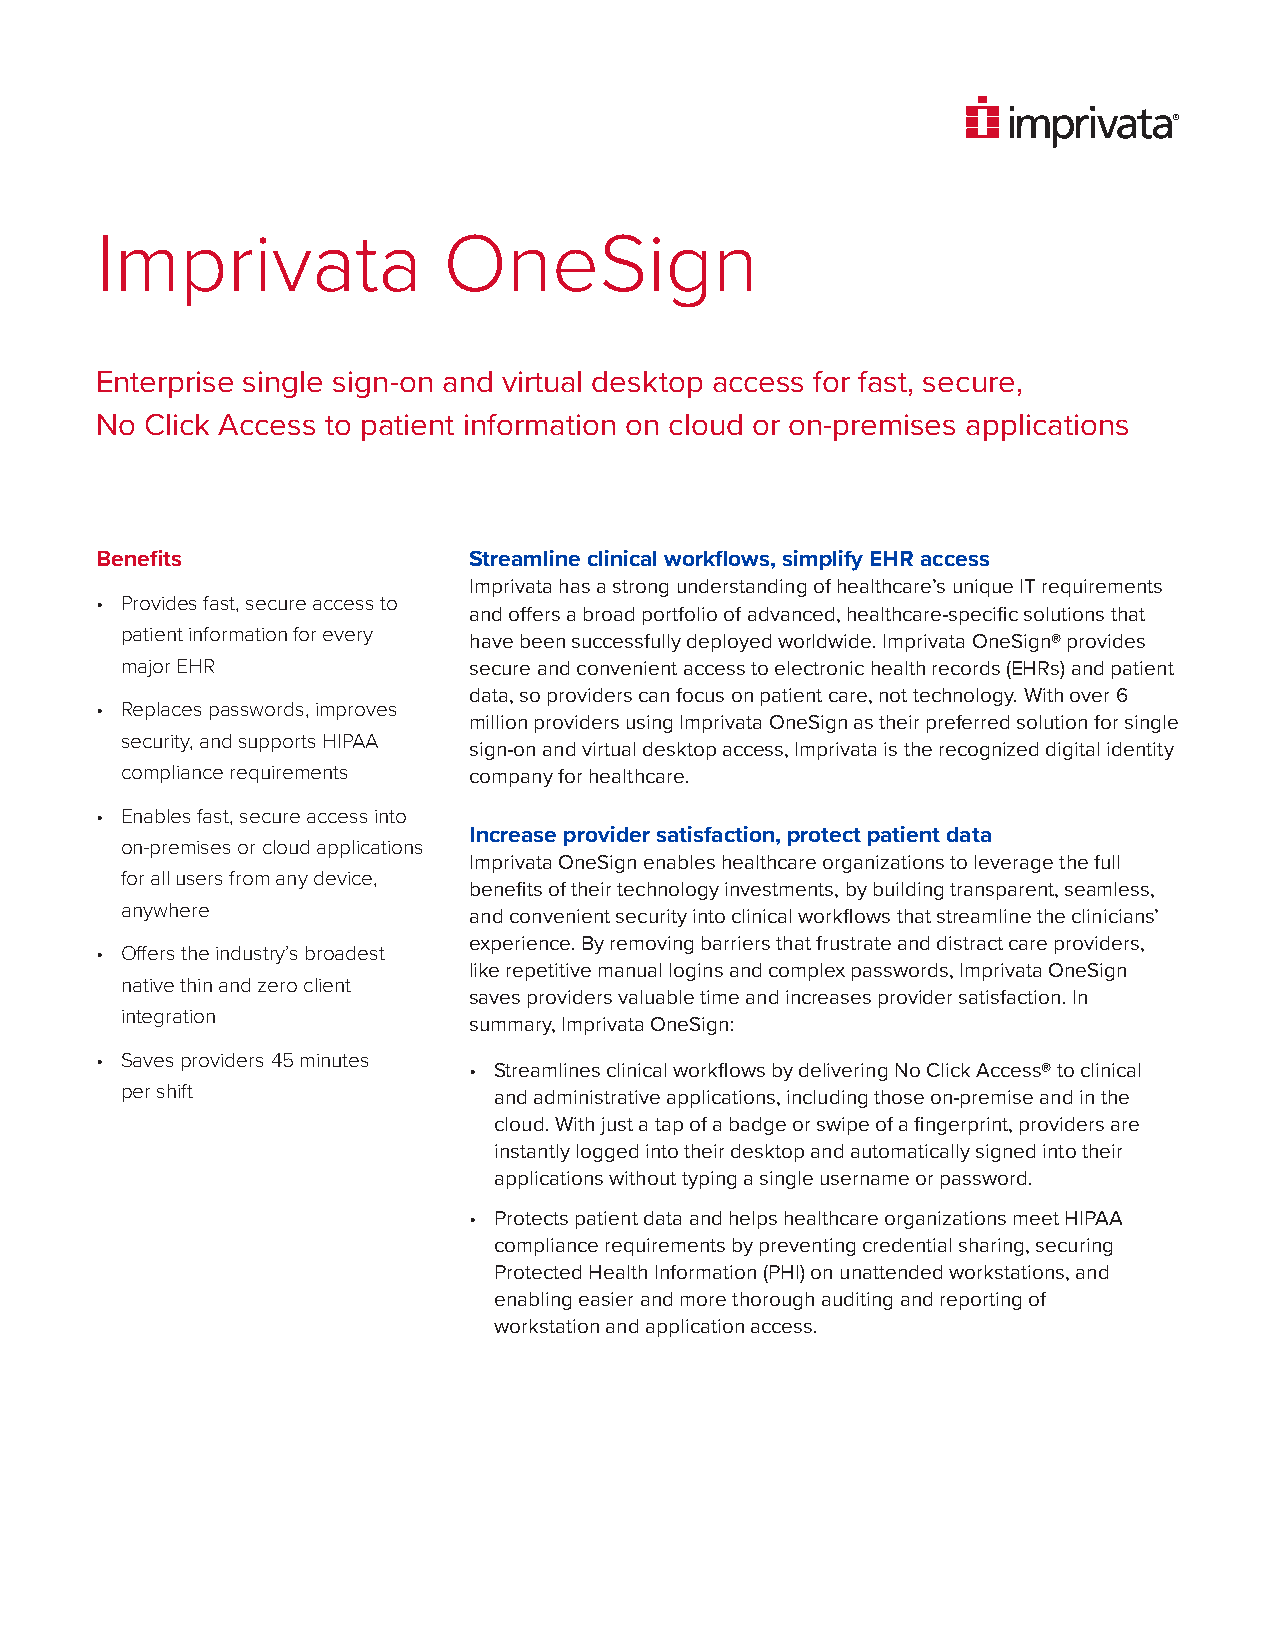
Imprivata              OneSign
 Enterprise single sign-on and virtual desktop access for fast, secure,
 No  Click Access to patient information on cloud or on-premises applications
 Benefits                 Streamline clinical workflows, simplify EHR access
 Imprivata has a strong understanding of healthcare’s unique IT requirements
 • Provides fast, secure access to
 and offers a broad portfolio of advanced, healthcare-specific solutions that
 patient information for every
 have been successfully deployed worldwide. Imprivata OneSign® provides
 major EHR              secure and convenient access to electronic health records (EHRs) and patient
 data, so providers can focus on patient care, not technology. With over 6
 • Replaces passwords, improves
 million providers using Imprivata OneSign as their preferred solution for single
 security, and supports HIPAA
 sign-on and virtual desktop access, Imprivata is the recognized digital identity
 compliance requirements company for healthcare.
 • Enables fast, secure access into
 Increase provider satisfaction, protect patient data
 on-premises or cloud applications
 Imprivata OneSign enables healthcare organizations to leverage the full
 for all users from any device,
 benefits of their technology investments, by building transparent, seamless,
 anywhere
 and convenient security into clinical workflows that streamline the clinicians’
 experience. By removing barriers that frustrate and distract care providers,
 • Offers the industry’s broadest
 like repetitive manual logins and complex passwords, Imprivata OneSign
 native thin and zero client
 saves providers valuable time and increases provider satisfaction. In
 integration
 summary, Imprivata OneSign:
 • Saves providers 45 minutes
 • Streamlines clinical workflows by delivering No Click Access® to clinical
 per shift
 and administrative applications, including those on-premise and in the
 cloud. With just a tap of a badge or swipe of a fingerprint, providers are
 instantly logged into their desktop and automatically signed into their
 applications without typing a single username or password.
 • Protects patient data and helps healthcare organizations meet HIPAA
 compliance requirements by preventing credential sharing, securing
 Protected Health Information (PHI) on unattended workstations, and
 enabling easier and more thorough auditing and reporting of
 workstation and application access.